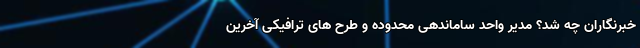
خبرنگاران چه شد؟ مدیر واحد ساماندهی محدوده و طرح های ترافیکی آخرین